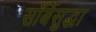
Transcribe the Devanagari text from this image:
सॉर्बेसुद्धा